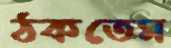
ঠকতেম